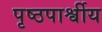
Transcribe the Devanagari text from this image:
पृष्ठपार्श्वीय